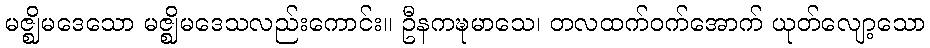
မဇ္ဈိမဒေသော မဇ္ဈိမဒေသလည်းကောင်း။ ဦနကဍ္ဎမာသေ၊ တလထက်ဝက်အောက် ယုတ်လျော့သော